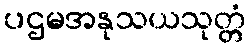
ပဌမအနုသယသုတ္တံ